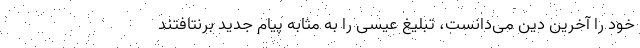
خود را آخرین دین می‌دانست، تبلیغ عیسی را به مثابه پیام جدید برنتافتند